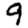
Digit: 9